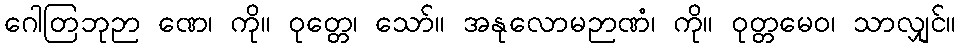
ဂေါတြဘုဉာ ဏေ၊ ကို။ ဝုတ္တေ၊ သော်။ အနုလောမဉာဏံ၊ ကို။ ဝုတ္တမေဝ၊ သာလျှင်။